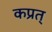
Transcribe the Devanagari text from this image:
कप्रत्